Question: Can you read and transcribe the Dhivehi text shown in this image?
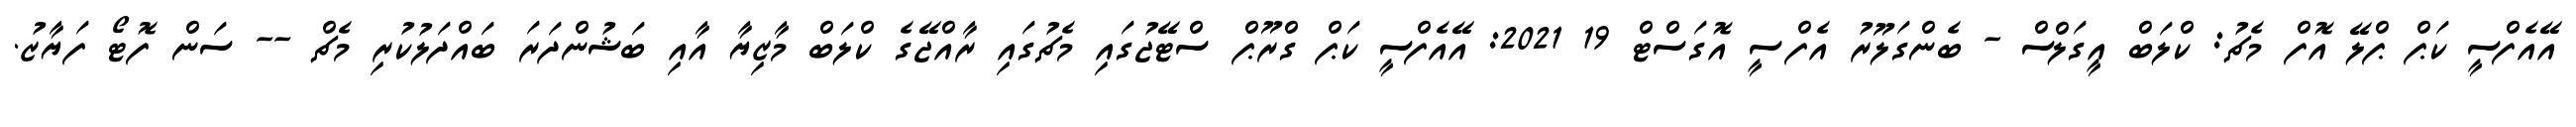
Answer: އޭއެފްސީ ކަޕް ޕްލޭ އޮފް މެޗު: ކްލަބް އީގަލްސް - ބެންގަލޫރު އެފްސީ އޮގަސްޓް 19 2021: އޭއެފްސީ ކަޕް ގްރޫޕް ސްޓޭޖުގައި މެޗުގައި ރާއްޖޭގެ ކްލަބް މާޒިޔާ އާއި ބަޝުންދަރަ ބައްދަލުކުރި މެޗް -- ސަން ފޮޓޯ ފަޔާޒު.